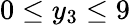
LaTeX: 0\leq y_{3}\leq 9